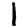
Digit: 1